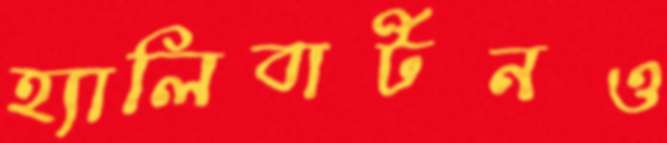
হ্যালিবার্টনও